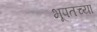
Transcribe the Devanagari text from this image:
भूपतच्या